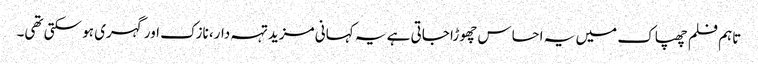
تاہم فلم چھپاک میں یہ احساس چھوڑا جاتی ہے یہ کہانی مزید تہہ دار، نازک اور گہری ہو سکتی تھی۔